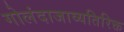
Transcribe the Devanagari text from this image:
गोलंदाजाव्यतिरिक्त